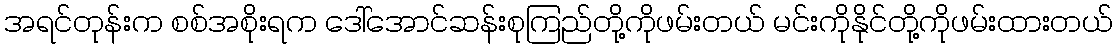
အရင်တုန်းက စစ်အစိုးရက ဒေါ်အောင်ဆန်းစုကြည်တို့ကိုဖမ်းတယ် မင်းကိုနိုင်တို့ကိုဖမ်းထားတယ်